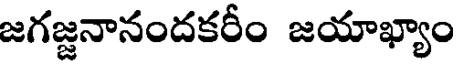
జగజ్జనానందకరీం జయాఖ్యాం